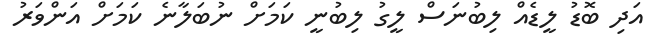
އަދި ބޮޑު ލީޑެއް ލިބުނަސް ލީގު ލިބުނީ ކަމަށް ނުބަލާނެ ކަމަށް އަންވަރު